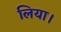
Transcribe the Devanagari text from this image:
लिया।